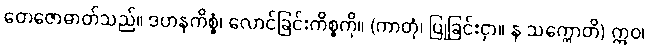
တေဇောဓာတ်သည်။ ဒဟနကိစ္စံ၊ လောင်ခြင်းကိစ္စကို။ (ကာတုံ၊ ပြုခြင်းငှာ။ န သက္ကောတိ) ဣဝ၊